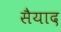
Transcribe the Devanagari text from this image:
सैयाद